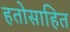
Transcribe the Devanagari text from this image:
हतोसाहित